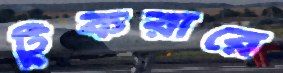
টুকরারে